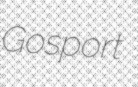
Gosport